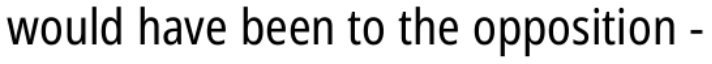
would have been to the opposition -